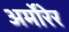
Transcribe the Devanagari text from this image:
अर्मोरेर